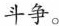
斗争。